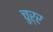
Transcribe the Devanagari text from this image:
चुर्र